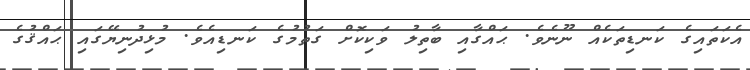
އެކަތައިގެ ކަނޑިތަކެއް ނޫނެވެ. ޙައްގާއި ބާތިލު ވަކިކޮށް ގަތުމުގެ ކަނޑިއެވެ. މުޅިދުނިޔޭގައި ޙައްޤުގެ